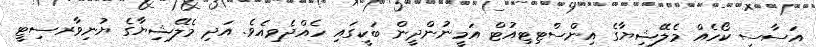
އަސާސީ ކޯހެއް މެލޭޝިޔާގެ އިންސްޓިޓިއުޓް އަމީނުންދީން ބަކީގައި ހެއްދެވިއެވެ. އަދި މެލޭޝިޔާގެ ޔުނިވާރސިޓީ